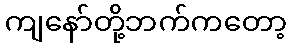
ကျနော်တို့ဘက်ကတော့